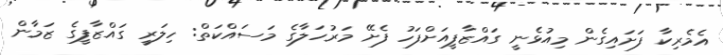
އެމެރިކާ ފަށައިގެން މިއުޅެނީ ގައްޒާފީއަށްފަހު ފެށޭ މަރުހަލާގެ މަސައްކަތް: ހިލަރީ ގައްޒާފީގެ ޒަމާން